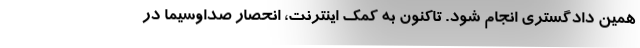
همین دادگستری انجام شود. تاکنون به کمک اینترنت، انحصار صداوسیما در